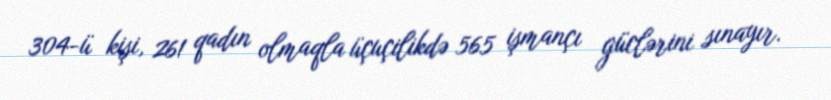
304-ü kişi, 261 qadın olmaqla üçuçilikdə 565 işmançı güclərini sınayır.